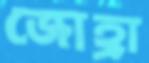
জোহ্রা